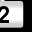
Digit: 2